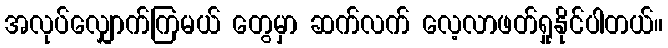
အလုပ်လျှောက်ကြမယ် တွေမှာ ဆက်လက် လေ့လာဖတ်ရှုနိုင်ပါတယ်။